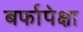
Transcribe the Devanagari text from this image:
बर्फापेक्षा